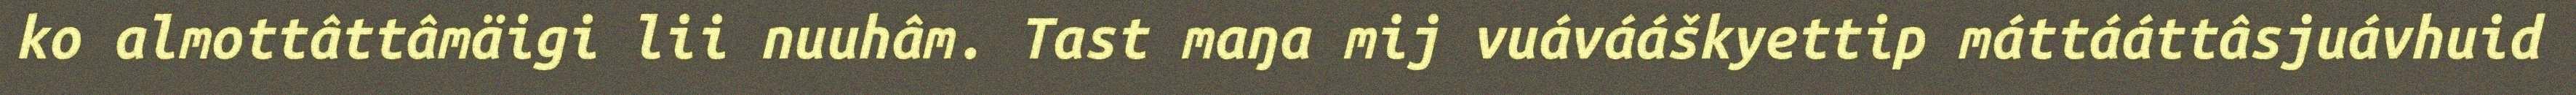
ko almottâttâmäigi lii nuuhâm. Tast maŋa mij vuávááškyettip máttááttâsjuávhuid